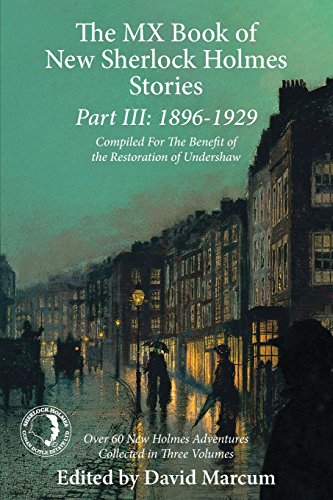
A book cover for The MX Book of New Sherlock Holmes Stories Part III: 1896 to 1929; Mystery, Thriller & Suspense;